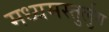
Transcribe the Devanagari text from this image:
मध्यमस्तुर्लुग